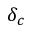
\delta _ { c }